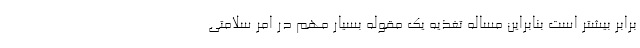
برابر بیشتر است بنابراین مساله تغذیه یک مقوله بسیار مهم در امر سلامتی